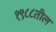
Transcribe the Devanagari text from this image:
१९८८तील